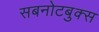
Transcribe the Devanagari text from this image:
सबनोटबुक्स